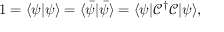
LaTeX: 1 = \langle \psi | \psi \rangle = \langle { \bar { \psi } } | { \bar { \psi } } \rangle = \langle \psi | { \mathcal { C } } ^ { \dagger } { \mathcal { C } } | \psi \rangle ,